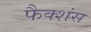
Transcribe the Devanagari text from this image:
फैक्शंस